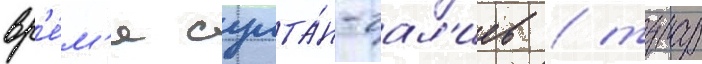
вр'е́м'я султа́н-гал'иев / турар